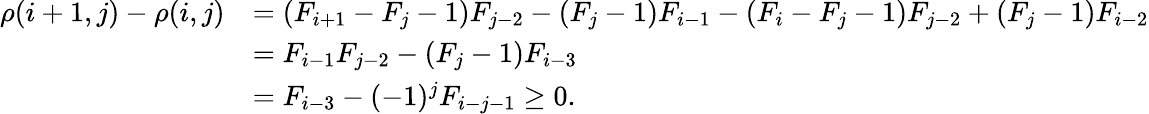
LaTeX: \begin{array}{rl}{\rho(i+1,j)-\rho(i,j)}&{=(F_{i+1}-F_{j}-1)F_{j-2}-(F_{j}-1)F_{i-1}-(F_{i}-F_{j}-1)F_{j-2}+(F_{j}-1)F_{i-2}}\\ &{=F_{i-1}F_{j-2}-(F_{j}-1)F_{i-3}}\\ &{=F_{i-3}-(-1)^{j}F_{i-j-1}\geq 0.}\end{array}